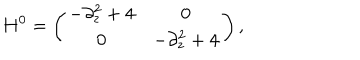
H ^ { 0 } = \left( \begin{array} { c c } { { - \partial _ { z } ^ { 2 } + 4 } } & { { 0 } } \\ { { 0 } } & { { - \partial _ { z } ^ { 2 } + 4 } } \\ \end{array} \right) ,